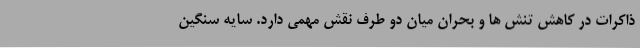
ذاکرات در کاهش تنش ها و بحران میان دو طرف نقش مهمی دارد. سایه سنگین